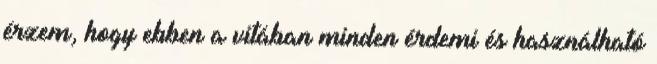
érzem, hogy ebben a vitában minden érdemi és használható